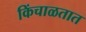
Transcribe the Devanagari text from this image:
किंचाळतात